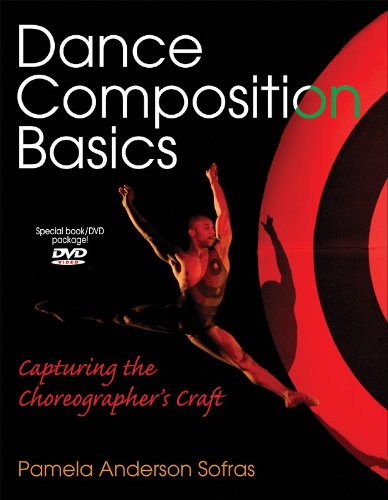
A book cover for Dance Composition Basics: Capturing the Choreographer's Craft; Pamela Anderson Sofras; Humor & Entertainment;